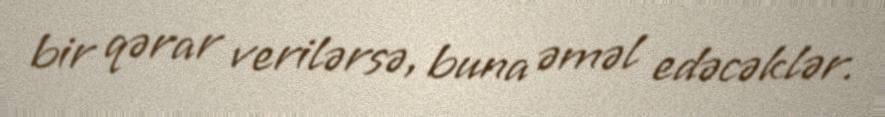
bir qərar verilərsə, buna əməl edəcəklər.